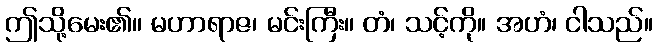
ဤသို့မေး၏။ မဟာရာဇ၊ မင်းကြီး။ တံ၊ သင့်ကို။ အဟံ၊ ငါသည်။